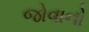
જોવાનો